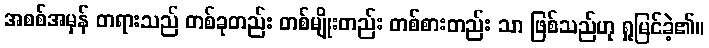
အစစ်အမှန် တရားသည် တစ်ခုတည်း တစ်မျိုးတည်း တစ်စားတည်း သာ ဖြစ်သည်ဟု ရှုမြင်ခဲ့၏။